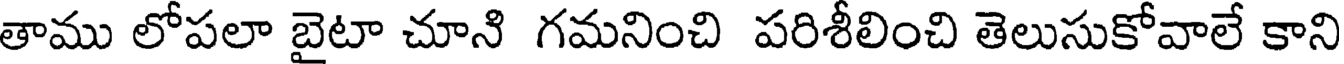
తాము లోపలా బైటా చూని గమనించి పరిశీలించి తెలుసుకోవాలే కాని